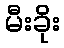
မီးခိုး